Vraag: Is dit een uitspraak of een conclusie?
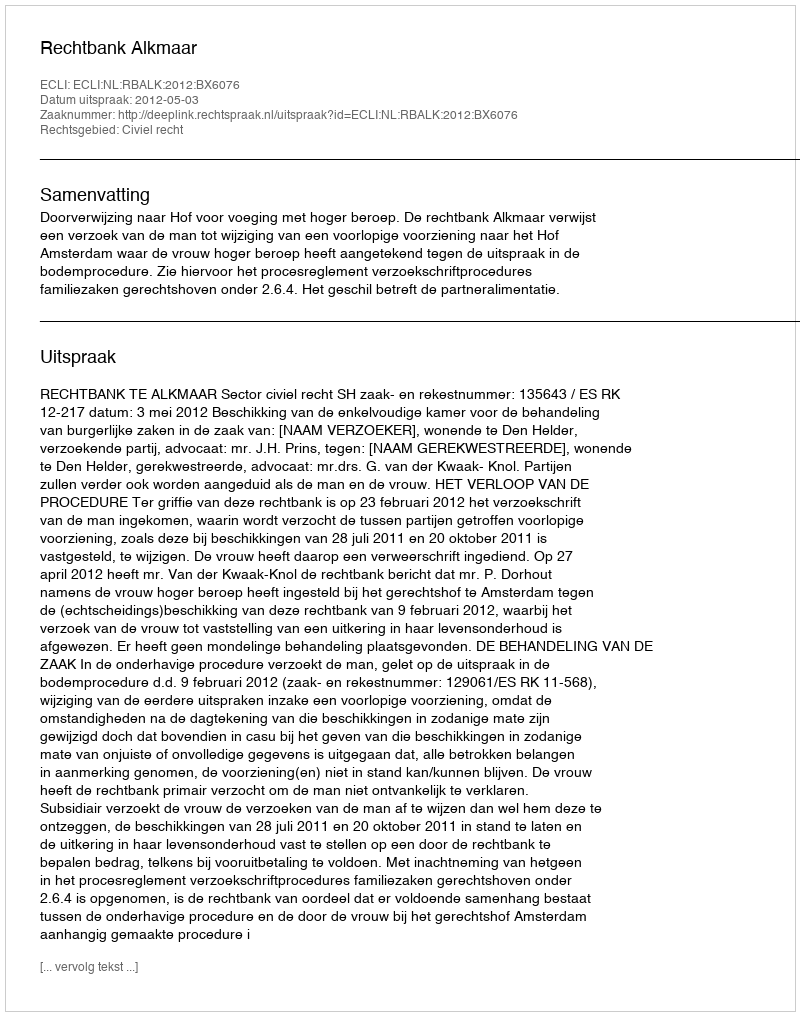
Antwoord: Uitspraak